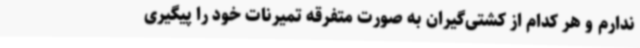
ندارم و هر کدام از کشتی‌گیران به صورت متفرقه تمیرنات خود را پیگیری